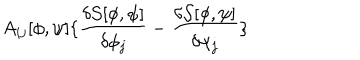
A _ { i j } [ \phi , \psi ] \{ \frac { \delta { \mathcal { S } } [ \phi , \psi ] } { \delta \phi _ { j } } - \frac { \delta { \mathcal { S } } [ \phi , \psi ] } { \delta \psi _ { j } } \}